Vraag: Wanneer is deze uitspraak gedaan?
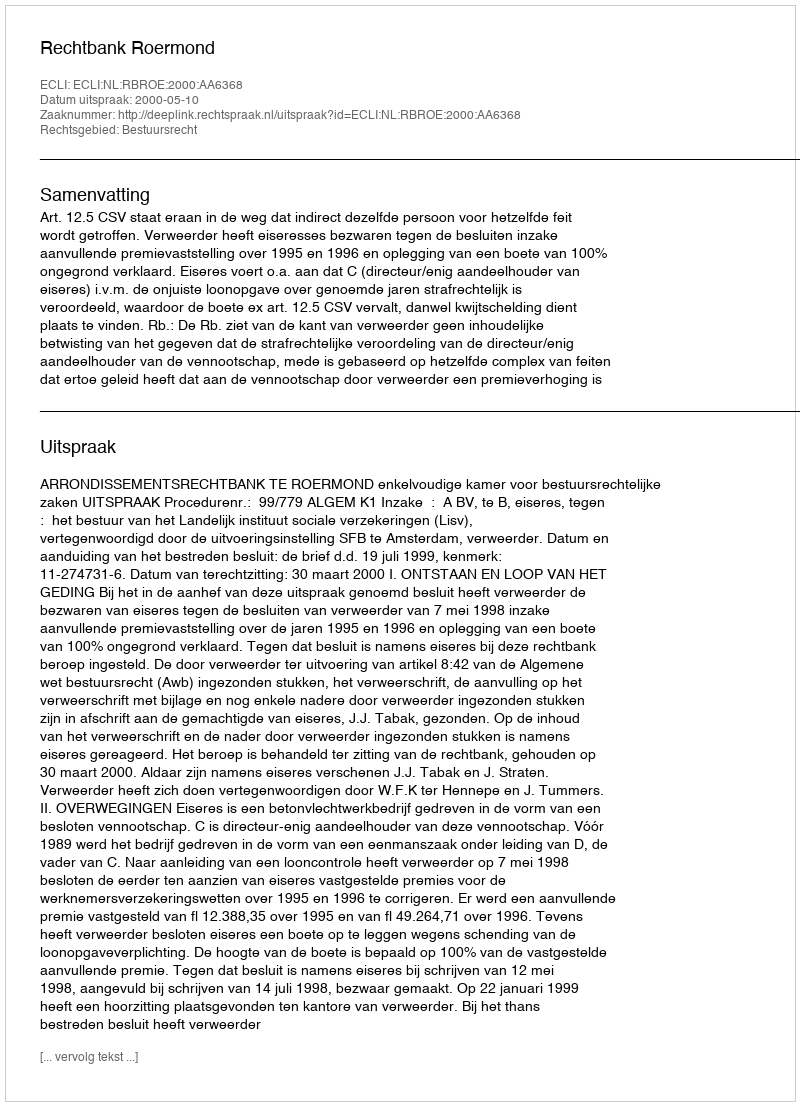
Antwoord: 2000-05-10